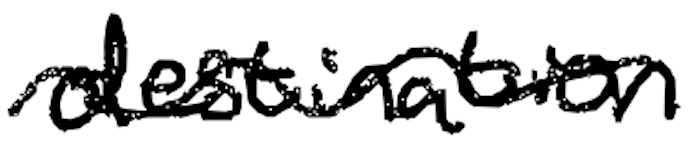
Text: destinations.
Cross-out: wave
Writing tool: digital_black